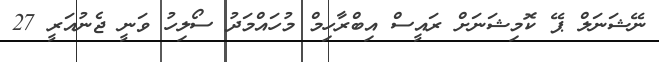
ނޭޝަނަލް ޕޭ ކޮމިޝަނަށް ރައީސް އިބްރާހިމް މުހައްމަދު ސޯލިހު ވަނީ ޖެނުއަރީ 27